Medical and sanitary report of the native army of Madras for the year
Year: 1872
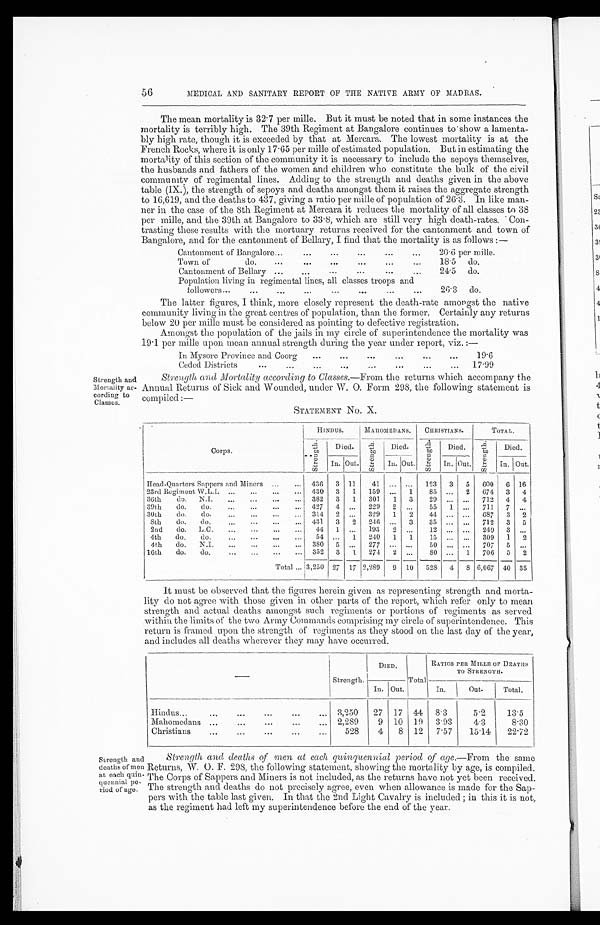
56
Strength and
Mortality ac-
cording to
Classes.
MEDICAL AND SANITARY REPORT OF THE NATIVE ARMY OF MADRAS.
The mean mortality is 32.7 per milk. But it must be noted that in some instances the
mortality is terribly high. The 39th Regiment at Bangalore continues to' show a lamenta-
bly high rate, though it is exceeded by that at Mercara. The lowest mortality is at the
French Rocks, where it is only 17.65 per milk of estimated population. But in estimating the
mortal ity of this section of the community it is necessary to include the sepoys themselves,
the husbands and fathers of the women and children who constitute the bulk of the civil
community of regimental lines. Adding to the strength and deaths given in the above
table (IX.), the strength of sepoys and deaths amongst them it raises the aggregate strength
to 16,619, and the deaths to 437, giving a ratio per milk of population of 26.3. In like man-
lier in the case of the 8th Regiment at Mercara it reduces the mortality of all classes to 38
per mille, and the 39th at Bangalore to 33.8, which are still very high death-rates. Con-
trasting these results with the mortuary returns received for the cantonment and town of
Bangalore, and for the cantonment of Bellary, I find that the mortality is as follows :—
...
...
Cantonment of Bangalore...
...
...
...
20.6 per mille.
Town of
do.
...
...
...
...
...
...
18.5
do.
Cantonment of Bellary ...
...
...
...
21.5
do.
Population living in regimental lines, all classes troops and
f o l l o w e r s . . .
26.3 do.
The latter figures, I think, more closely represent the death-rate amongst the native
community living in the great centres of population, than the former. Certainly any returns
below 20 per mille must be considered as pointing to defective registration.
Amongst the population of the jails in my circle of superintendence the mortality was
19.1 per mille upon mean annual strength during the year under report, viz. :—
In Mysore Province and Coorg
...
...
...
...
...
19.6
Ceded Districts
...
...
...
...
...
...
17.99
Strength, and Mortality according to Classes. —From the returns which accompany the
Annual Returns of Sick and Wounded, under W. 0. Form 298, the following statement is
compiled :—
STATEMENT No, X.
Corps.
HINDUS.
MAH0MED ANS.
CHRISTIANS.
TOTAL.
S t r e n g t h .
Died.
S t r e n g t h .
Died.
S t r e n g t h .
Died.
S t r e n g t h .
Died.
In. Out.
In .Out.
In. Out.
in. Out.
Head-Quarters Sappers and Miners
... 436
3 11
41 ... ...
123
3
5
600
G 16
23rd Regiment W.L.I. ...
...
...
... 430
3
1
159 ...
1
85 ...
2
674
3
4
36th
do.
N.I.
...
...
,...
...
382
3
1
301
1
3
29 ... ...
712
4
4
39th
do.
do.
............ 427
4 ...
229
2 ...
55
1 ...
711
7
...
30th
do.
do.
...
...
...
...
314
2 ...
329
1
2
44 ... ...
687
3
2
8th
do.
do.
...
...
...
... 431
3
2
216 ...
3
35 ... ...
712
3
5
2nd
do.
L.C.
...
...
. . .
44
1 ...
193
2 ...
12 ... ...
249
3 ...
4th
do.
do.
...
...
...
...
54 ...
1
210
1
1
15 ... ...
309
1
2
4th
do.
N.I.
...
...
...
...
380
5 ...
277
50 ... ...
707
5 ...
16th
do.
do.
...
... 352
3
1
27-1
2 ...
80 ...
1
706
3
2
Total ... 3,250 27 17 2,289
9 10
528
4
S 6,067 40 35
It must be observed that the figures herein given as representing strength and morta-
lity do not agree with those given in other parts of the report, which refer only to mean
strength and actual deaths amongst such regiments or portions of regiments as served
within the limits of the two Army Commands comprising my circle of superintendence. This
return is framed upon the strength of regiments as they stood on the last day of the year,
and includes all deaths wherever they may have occurred.
Strength and
deaths of men
at each quill-
quennial pe).
riod of ago.
—
Strength.
DIED.
Total
RATIOS PER MILLE OF DEATHS
TO STRENGTH.
In. Out.
In.
Out.
Total,
Hindus...
...
...
...
...
...
3 , 2 5 0
27 17 44 8.3
5.2
13.5
Mahomedans ...
...
...
...
2 , 2 8 9
9 10 19 3 . 93
4.3
8.30
Christians
...
...
...
...
528
4
8 12 7.57
15.14 I22.72
Strength and deaths of men at each. quinquennial period of age.—From the same
Returns, W. 0. F. 298, the following statement, showing the mortality by age, is compiled.
The Corps of Sappers and Miners is not included, as the returns have not yet been received.
The strength and deaths do not precisely agree, even when allowance is made for the Sap-
pers with the table last given. In that the 2nd Light Cavalry is included ; in this it is not,
as the regiment had left my superintendence before the end of the year..